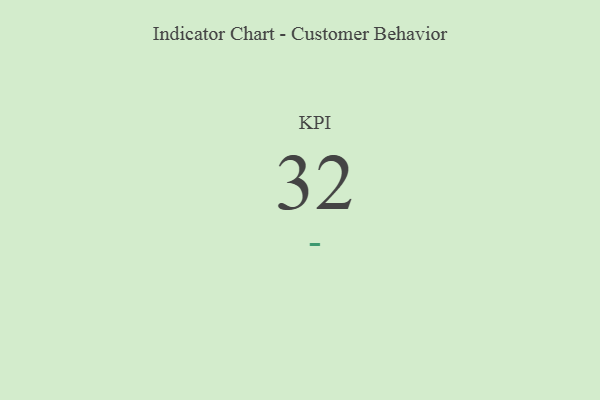
{"axis": {"x": "KPI", "y": "Value"}, "legend": [""], "data": [{"x": "KPI", "y": 32, "type": ""}]}